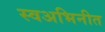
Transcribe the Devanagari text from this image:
स्वअभिनीत